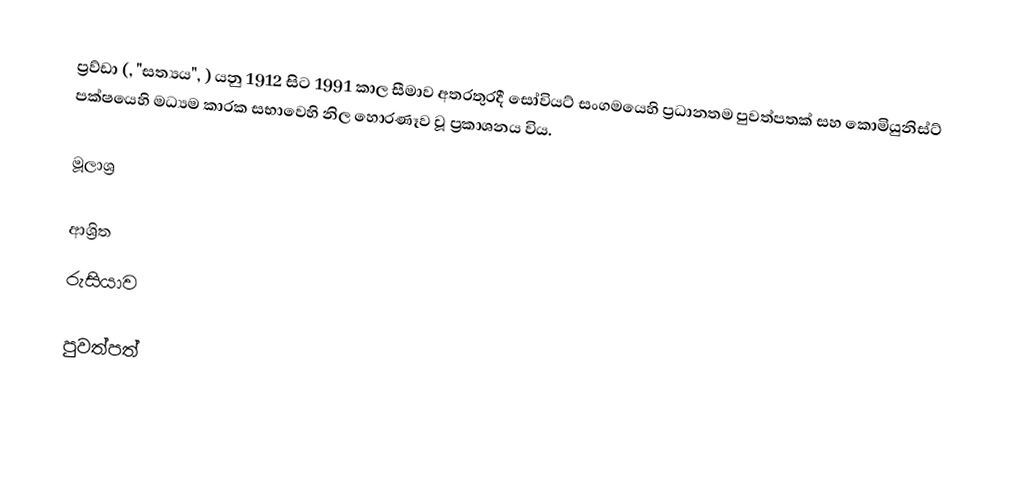
ප්‍රව්ඩා (, "සත්‍යය", ) යනු 1912 සිට 1991 කාල සීමාව අතරතුරදී සෝවියට් සංගමයෙහි ප්‍රධානතම පුවත්පතක් සහ  කොමියුනිස්ට් පක්ෂයෙහි මධ්‍යම කාරක සභාවෙහි නිල හොරණෑව වූ ප්‍රකාශනය විය.

මූලාශ්‍ර

ආශ්‍රිත
 රුසියාව

පුවත්පත්